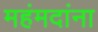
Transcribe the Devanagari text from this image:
महंमदांना